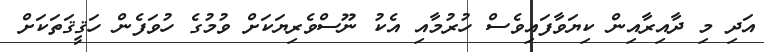
އަދި މި ދާއިރާއިން ކިޔަވާފައިވެސް ހުރުމާއި އެކު ނޫސްވެރިޔަކަށް ވުމުގެ ހުވަފެން ހަޤީޤަތަކަށް